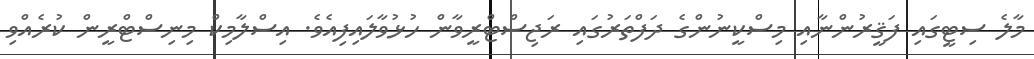
މާލެ ސިޓީގައި ފަޤީރުންނާއި މިސްކީނުންގެ ދަފްތަރުގައި ރަޖިސްޓްރީވާން ހުޅުވާލައިފިއެވެ. އިސްލާމިކް މިނިސްޓްރީން ކުރެއްވި